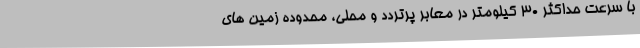
با سرعت حداکثر ۳۰ کیلومتر در معابر پرتردد و محلی، محدوده زمین های